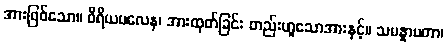
အားဖြစ်သော။ ဝီရိယဗလေန၊ အားထုတ်ခြင်း တည်းဟူသောအားနှင့်။ သမန္နာပတာ၊